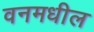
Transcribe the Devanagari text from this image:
वनमधील